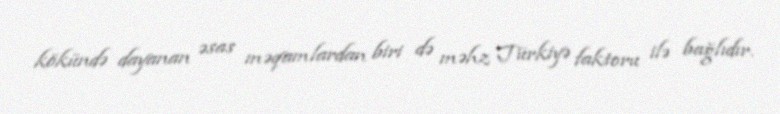
kökündə dayanan əsas məqamlardan biri də məhz Türkiyə faktoru ilə bağlıdır.